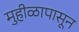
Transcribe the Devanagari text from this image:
मुहीळापासून